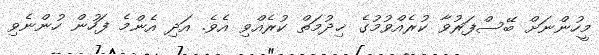
މީހުންނަށް ބޭސްފަރުވާ ކުރެއްވުމުގެ ޚިދުމަތް ކުރެއްވި އެވެ. އަދި އެންމެ ފަހުން ހުންނެވި